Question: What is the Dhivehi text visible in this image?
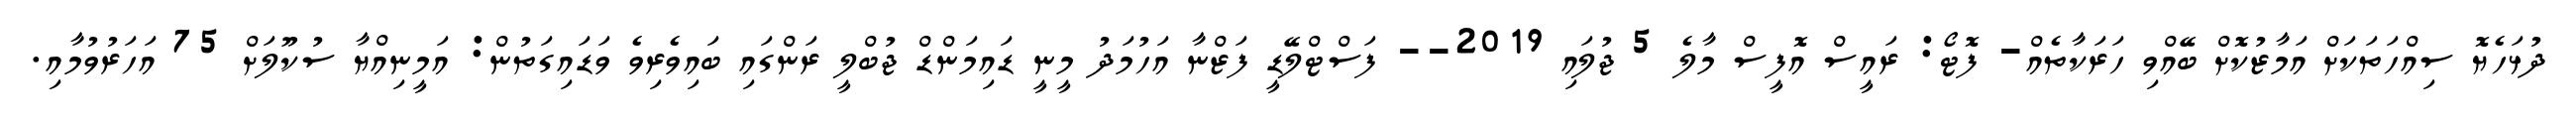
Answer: ދުޅަހެޔޮ ސިއްހަތަކަށް އަމާޒުކޮށް ބޭއްވި ހަރަކާތެއް- ފޮޓޯ: ރައީސް އޮފީސް މާލެ 5 ޖުލައި 2019-- ފަސްޓްލޭޑީ ފަޒްނާ އަހުމަދު މީނީ ޑައިމަންޑް ޖުބްލީ ރަންގައި ބައިވެރިވެ ވަޑައިގަތުން: އަމީނިއްޔާ ސުކޫލަށް 75 އަހަރުވުމާއި.